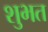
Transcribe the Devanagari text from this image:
शुभत